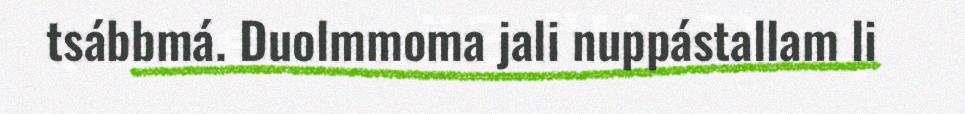
tsábbmá. Duolmmoma jali nuppástallam li